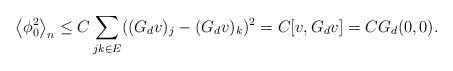
LaTeX: \begin{align*}\left<\phi_0^2\right>_n \le C\sum_{jk \in E}((G_dv)_j-(G_dv)_k)^2 = C[v, G_d v] = CG_d(0,0).\end{align*}